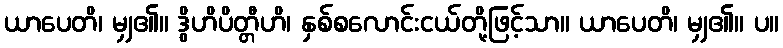
ယာပေတိ၊ မျှ၏။ ဒွိဟိပိတ္တီဟိ၊ နှစ်စလောင်းငယ်တို့ဖြင့်သာ။ ယာပေတိ၊ မျှ၏။ ပ။